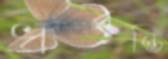
ধরন্তি